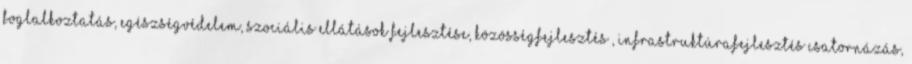
foglalkoztatás, egészségvédelem, szociális ellátások fejlesztése, közösségfejlesztés , infrastruktúrafejlesztés csatornázás,